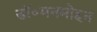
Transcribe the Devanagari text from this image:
डॉ॰मनमोहन